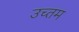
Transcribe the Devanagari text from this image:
उच्तम